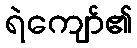
ရဲကျော်၏